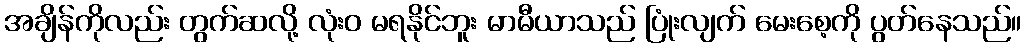
အချိန်ကိုလည်း တွက်ဆလို့ လုံးဝ မရနိုင်ဘူး မာမီယာသည် ပြုံးလျက် မေးစေ့ကို ပွတ်နေသည်။